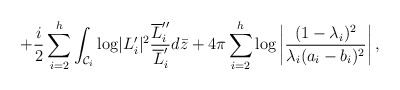
\begin{align*}+{i\over 2}\sum_{i=2}^h\int_{{\cal C}_i}{\log}|L_i'|^2{{\overline L_i''} \over {\overline L_i'}}d\bar z+4\pi\sum_{i=2}^h{\log}\left|{(1-\lambda_i)^2 \over \lambda_i(a_i-b_i)^2}\right|,\end{align*}